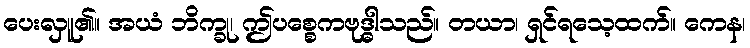
ပေးလှူ၏။ အယံ ဘိက္ခု၊ ဤပစ္စေကဗုဒ္ဓါသည်။ တယာ၊ ရှင်ရသေ့ထက်။ ကေန၊